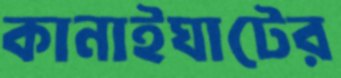
কানাইঘাটের